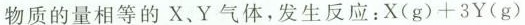
物质的量相等的X，Y气体，发生反应：$$X ( g ) + 3 Y ( g )